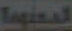
المعلومة